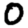
Digit: 0